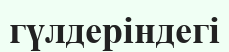
гүлдеріндегі